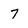
Character: 7